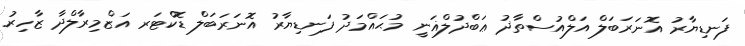
ފަނޑިޔާރު އޮނަރަބަލް އަލްއުސްތާޛު ޢަބްދުލްޣަނީ މުޙައްމަދު ފަނޑިޔާރު އޮނަރަބަލް ޑޮކްޓަރ އަޒްމިރާލްދާ ޒާހިރު